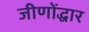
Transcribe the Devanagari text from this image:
जीणोंद्धार